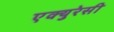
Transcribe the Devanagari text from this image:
एक्युरेसी